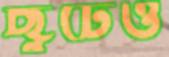
ছুটেও